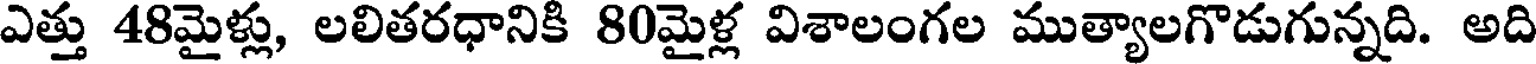
ఎత్తు 48మైళ్లు, లలితరధానికి 80మైళ్ల విశాలంగల ముత్యాలగొడుగున్నది. అది